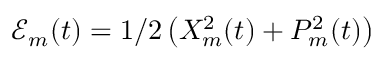
\mathcal { E } _ { m } ( t ) = 1 / 2 \left( X _ { m } ^ { 2 } ( t ) + P _ { m } ^ { 2 } ( t ) \right)